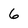
Character: 6